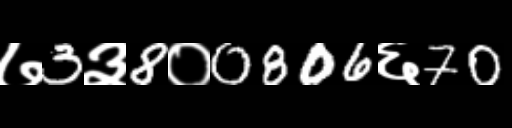
Text: ७3३8०0806६70